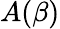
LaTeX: A(\beta)